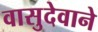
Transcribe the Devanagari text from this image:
वासुदेवाने